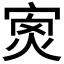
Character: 𡨿